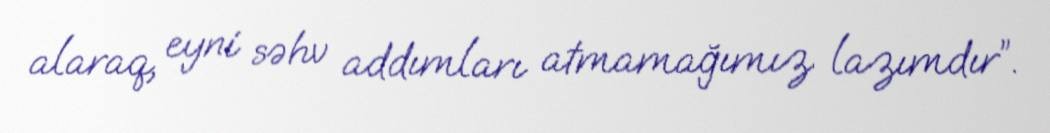
alaraq, eyni səhv addımları atmamağımız lazımdır”.